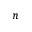
n